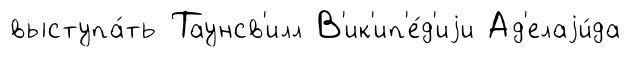
выступа́ть Таунсв'илл В'ик'ип'е́д'иjи Ад'елаjи́да